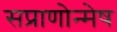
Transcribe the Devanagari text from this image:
सप्राणोन्मेष